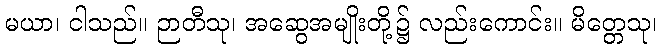
မယာ၊ ငါသည်။ ဉာတီသု၊ အဆွေအမျိုးတို့၌ လည်းကောင်း။ မိတ္တေသု၊